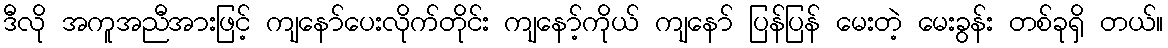
ဒီလို အကူအညီအားဖြင့် ကျနော်ပေးလိုက်တိုင်း ကျနော့်ကိုယ် ကျနော် ပြန်ပြန် မေးတဲ့ မေးခွန်း တစ်ခုရှိ တယ်။